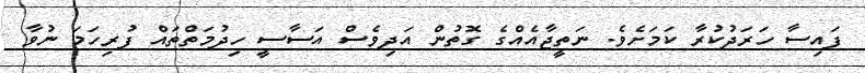
ފައިސާ ހަރަދުކުރާ ކަމަށެވެ. ނަތީޖާއެއްގެ ގޮތުން އަދިވެސް އަސާސީ ހިދުމަތްތައް ފުރިހަމަ ނުވާ